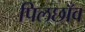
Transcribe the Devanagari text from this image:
पिलछाँव